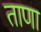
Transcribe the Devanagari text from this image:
ताणा